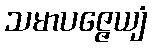
သမာပဇ္ဇေယျံ